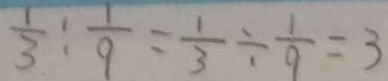
\frac { 1 } { 3 } : \frac { 1 } { 9 } = \frac { 1 } { 3 } \div \frac { 1 } { 9 } = 3